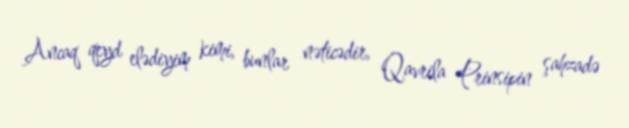
Ancaq qeyd elədiyim kimi, bunlar nəticədir, Qavrila Prinsipin şahzadə